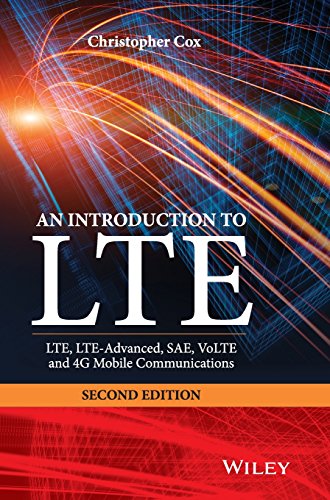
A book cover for An Introduction to LTE: LTE, LTE-Advanced, SAE, VoLTE and 4G Mobile Communications: Second Edition; Christopher Cox; Crafts, Hobbies & Home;